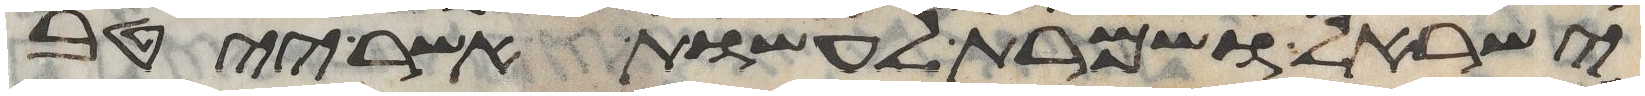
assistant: ישראל ושמרת לעשות אשר ייטב